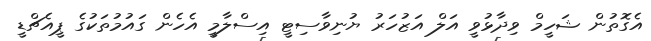
އެގޮތުން ޝަހީމް ވިދާޅުވީ އަލް އަޒުހަރު ޔުނިވާސިޓީ އިސްލާމީ އެހެން ގައުމުތަކުގެ ޕީއެޗްޑީ